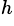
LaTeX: ^h